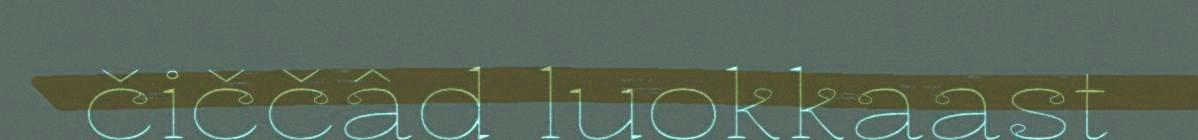
čiččâd luokkaast